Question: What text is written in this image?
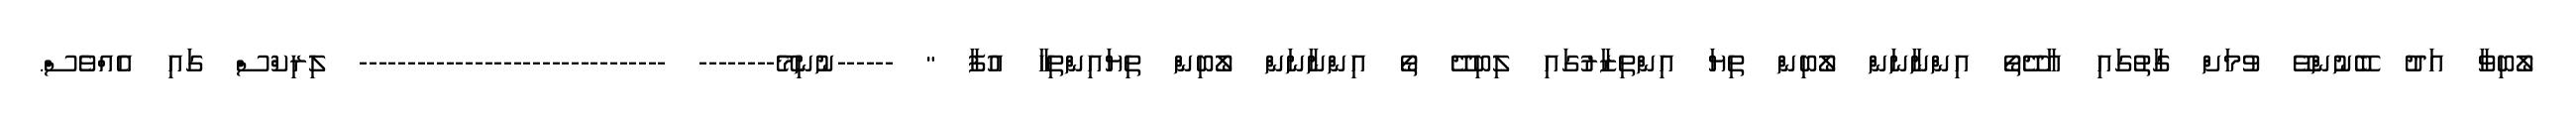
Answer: ލޯބިވާ އަދު ބޭނުންވޭ ވުމަށް ގާތުގައި އާދޭތޯ އިންނާނަން ލޯބިން ތިޔަ އިންތިޒާރުގައި ލިބިދޭ ތޯ އިންނާނަން ލޯބިން ތިޔައިންތިހާ އުފާ " ------ނުނިމޭ-------- -------------------------------- ލިރިކްސް ގައި އެއްވެސް.